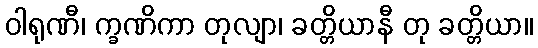
ဝါရုဏီ၊ က္ခဏိကာ တုလျာ၊ ခတ္တိယာနီ တု ခတ္တိယာ။